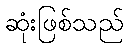
ဆုံးဖြစ်သည်